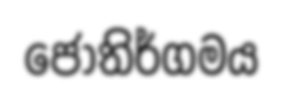
ජෝතිර්ගමය